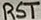
Text: RST